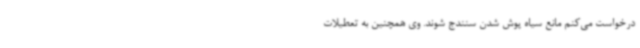
درخواست می‌کنم مانع سیاه پوش شدن سنندج شوند. وی همچنین به تعطیلات